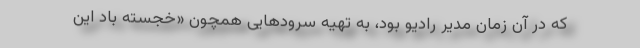
که در آن زمان مدیر رادیو بود، به تهیه سرودهایی همچون «خجسته باد این